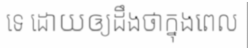
ទេ ដោយឲ្យដឹងថាក្នុងពេល